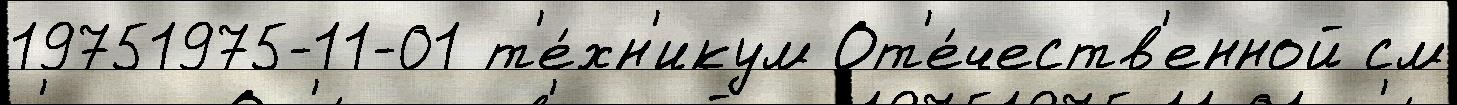
19751975-11-01 т'е́хн'икум От'е́честв'енной см